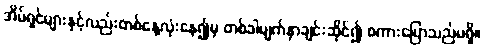
အိမ်ရှင်များနှင့်လည်းတစ်နေ့လုံးနေ၍မှ တစ်ခါမျက်နှာချင်းဆိုင်၍ စကားပြောသည်မရှိ။